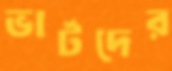
ভার্টদের